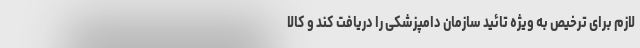
لازم برای ترخیص به ویژه تائید سازمان دامپزشکی را دریافت کند و کالا